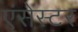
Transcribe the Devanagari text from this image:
एंसेस्टर